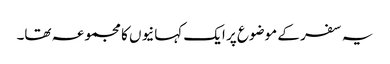
یہ سفر کے موضوع پر ایک کہانیوں کا مجموعہ تھا۔